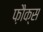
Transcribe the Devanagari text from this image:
फ़ौक्स